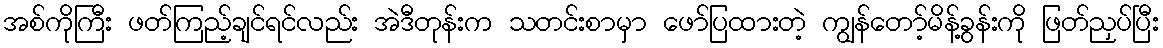
အစ်ကိုကြီး ဖတ်ကြည့်ချင်ရင်လည်း အဲဒီတုန်းက သတင်းစာမှာ ဖော်ပြထားတဲ့ ကျွန်တော့်မိန့်ခွန်းကို ဖြတ်ညှပ်ပြီး